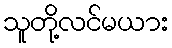
သူတို့လင်မယား